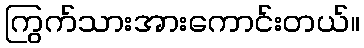
ကြွက်သားအားကောင်းတယ်။